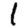
Digit: 1